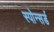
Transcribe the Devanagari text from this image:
स्पोन्सर्ड